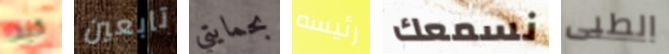
كيف تابعين بحمايتي رئيسه نسمعك الطبى